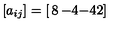
[ a _ { i j } ] = \left[ \begin{matrix} { 8 } & { - 4 } \\ { - 4 } & { 2 } \\ \end{matrix} \right]